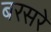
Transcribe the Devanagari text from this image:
बरसरे